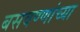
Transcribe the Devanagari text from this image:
बसवण्णांच्या